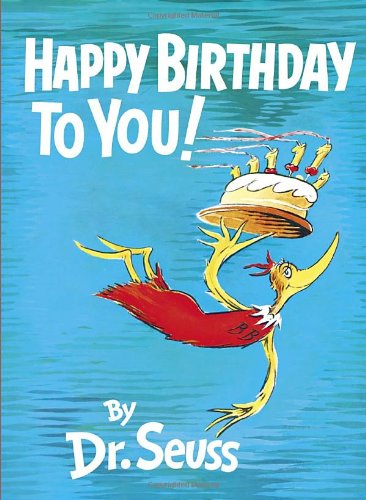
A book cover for Happy Birthday to You!; Dr. Seuss; Reference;